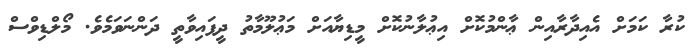
ކުރާ ކަމަށް އެއިދާރާއިން ޢާންމުކޮށް އިޢުލާނުކޮށް މީޑިޔާއަށް މަޢުލޫމާތު ދީފައިވާތީ ދަންނަވަމެވެ. މޯލްޑިވްސް